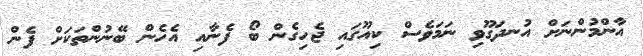
އާންމުންނަށް އުނދަގޫވި ނަމަވެސް ކިއޫގައި ޖެހިގެން ބޯ ފެނާއި އެހެން ބޭނުންތަކަށް ފެން